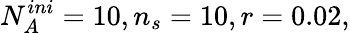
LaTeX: N_{A}^{ini}=10,n_{s}=10,r=0.02,